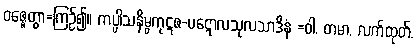
ဝဇ္ဇေတွာ=ကြဉ်၍။ ကပ္ပါသနိမ္ဗကုဋဇ-ပဋောလသုလသာဒိနံ =ဝါ, တမာ, လက်ထုတ်,